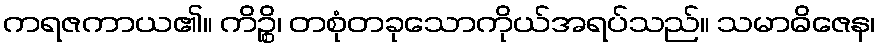
ကရဇကာယ၏။ ကိဉ္စိ၊ တစုံတခုသောကိုယ်အရပ်သည်။ သမာဓိဇေန၊